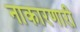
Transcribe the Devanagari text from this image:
नाकारणारी